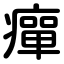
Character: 癉